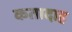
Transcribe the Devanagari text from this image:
कतादाह